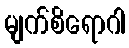
မျက်စိရောဂါ